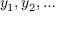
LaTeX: y _ { 1 } , y _ { 2 } , \dotsc